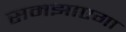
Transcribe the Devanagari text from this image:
समझाएगा